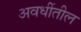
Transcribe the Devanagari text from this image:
अवधींतील